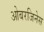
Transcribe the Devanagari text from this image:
ओबरजिनेस